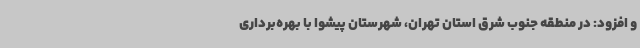
و افزود: در منطقه جنوب شرق استان تهران‌، شهرستان پیشوا با بهره‌برداری